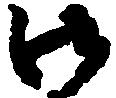
御